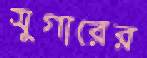
সুগারের